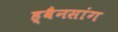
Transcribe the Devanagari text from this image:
ह्वैनसांग